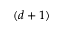
( d + 1 )